Lunatic asylums United Prov. 1922-30 - 1922-1930
Year: 1922
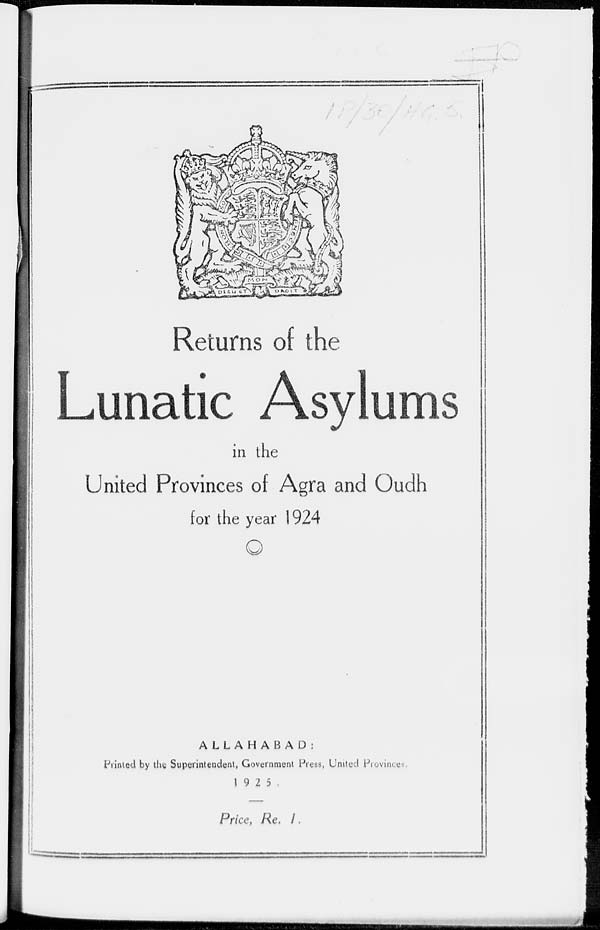
Returns of the
Lunatic Asylums
in the
United Provinces of Agra and Oudh
for the year 1924
ALLAHABAD:
Printed by the Superintendent, Government Press, United Province.
1925
Price, Re. 1.